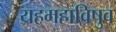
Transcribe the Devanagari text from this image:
यहमहाविषुव